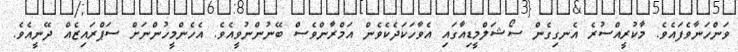
ވަންހަނާވެފައެވެ. މާކުރީއްސުރެ އެނގިގެން ސޯޝަލްމީޑިއާގައި އެވާހަކަދެކެވެން އަމްރާންވެސް ބޭނުންނުވީއެވެ. އެހެންމީހުންނަށް ސަޕްރައިޒެއް ދޭނީއެވެ.